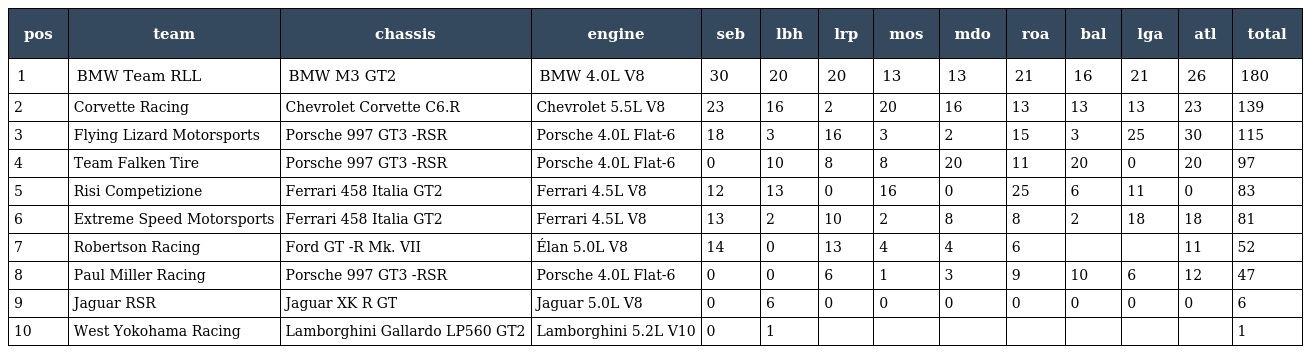
| pos | team | chassis | engine | seb | lbh | lrp | mos | mdo | roa | bal | lga | atl | total |
 | --- | --- | --- | --- | --- | --- | --- | --- | --- | --- | --- | --- | --- | --- |
 | 1 | BMW Team RLL | BMW M3 GT2 | BMW 4.0L V8 | 30 | 20 | 20 | 13 | 13 | 21 | 16 | 21 | 26 | 180 |
 | 2 | Corvette Racing | Chevrolet Corvette C6.R | Chevrolet 5.5L V8 | 23 | 16 | 2 | 20 | 16 | 13 | 13 | 13 | 23 | 139 |
 | 3 | Flying Lizard Motorsports | Porsche 997 GT3 -RSR | Porsche 4.0L Flat-6 | 18 | 3 | 16 | 3 | 2 | 15 | 3 | 25 | 30 | 115 |
 | 4 | Team Falken Tire | Porsche 997 GT3 -RSR | Porsche 4.0L Flat-6 | 0 | 10 | 8 | 8 | 20 | 11 | 20 | 0 | 20 | 97 |
 | 5 | Risi Competizione | Ferrari 458 Italia GT2 | Ferrari 4.5L V8 | 12 | 13 | 0 | 16 | 0 | 25 | 6 | 11 | 0 | 83 |
 | 6 | Extreme Speed Motorsports | Ferrari 458 Italia GT2 | Ferrari 4.5L V8 | 13 | 2 | 10 | 2 | 8 | 8 | 2 | 18 | 18 | 81 |
 | 7 | Robertson Racing | Ford GT -R Mk. VII | Élan 5.0L V8 | 14 | 0 | 13 | 4 | 4 | 6 |  |  | 11 | 52 |
 | 8 | Paul Miller Racing | Porsche 997 GT3 -RSR | Porsche 4.0L Flat-6 | 0 | 0 | 6 | 1 | 3 | 9 | 10 | 6 | 12 | 47 |
 | 9 | Jaguar RSR | Jaguar XK R GT | Jaguar 5.0L V8 | 0 | 6 | 0 | 0 | 0 | 0 | 0 | 0 | 0 | 6 |
 | 10 | West Yokohama Racing | Lamborghini Gallardo LP560 GT2 | Lamborghini 5.2L V10 | 0 | 1 |  |  |  |  |  |  |  | 1 |